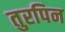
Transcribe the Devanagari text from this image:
तुरपिन